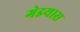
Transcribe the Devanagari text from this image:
गेइयास